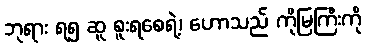
ဘုရား ရ၅ ဆူ စူးရစေရဲ့၊ ဟောသည် ကိုမြကြီးကို